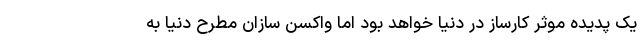
یک پدیده موثر کارساز در دنیا خواهد بود اما واکسن سازان مطرح دنیا به